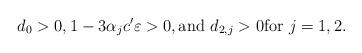
LaTeX: \begin{align*} d_0>0, 1-3 \alpha_j c' \varepsilon>0, \mbox{and } d_{2,j}>0 \mbox{for } j=1,2.\end{align*}